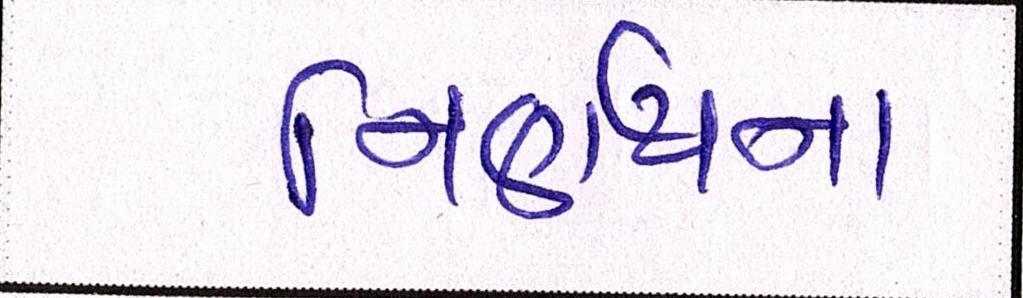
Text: નિર્ણયના